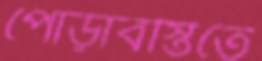
পোড়াবস্তিতে